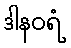
ဒါနဝရံ